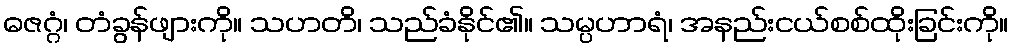
ဓဇဂ္ဂံ၊ တံခွန်ဖျားကို။ သဟတိ၊ သည်ခံနိုင်၏။ သမ္ပဟာရံ၊ အနည်းငယ်စစ်ထိုးခြင်းကို။